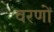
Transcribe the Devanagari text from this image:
वरणों